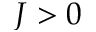
J > 0